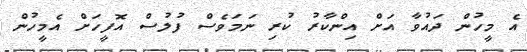
އެ މީހުން ދައުވާ އަށް އިންކާރު ކުރި ނަމަވެސް ފުލުސް އޮފީހަށް އެމީހުން